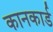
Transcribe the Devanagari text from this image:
कानकार्ड